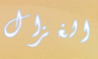
الغزال